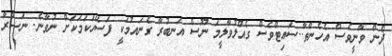
ދެން ވާނީވެސް އެހެންތާ..ސައިޓްވެސް ގެއްލުވާލީމަ ނޫސް އަނބުރާ ގެނައުމަކީ ފަސޭހަކަމަކަށް ނުވާނެ. ނަޞްރާ